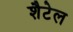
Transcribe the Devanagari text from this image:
शैटेल